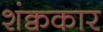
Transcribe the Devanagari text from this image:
शंक्वकार